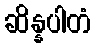
ဆိန္နပါတံ